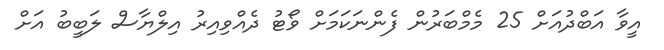
އީވާ އަބްދުއަށް 25 މެމްބަރުން ފެންނަކަމަށް ވޯޓު ދެއްވިއިރު އިލްޔާސް ލަބީބު އަށް